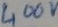
Text: 400v